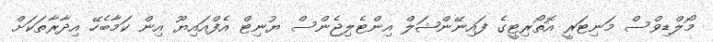
މޯލްޑިވްސް މަނިޓަރީ އޮތޯރިޓީގެ ފައިނޭންޝަލް އިންޓެލިޖެންސް ޔުނިޓް އެފްއައިޔޫ އިން ކަމާބެހޭ އިދާރާތަކަށް